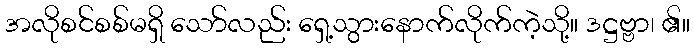
အလိုစင်စစ်မရှိ သော်လည်း ရှေ့သွားနောက်လိုက်ကဲ့သို့။ ဒဋ္ဌဗ္ဗာ၊ ၏။